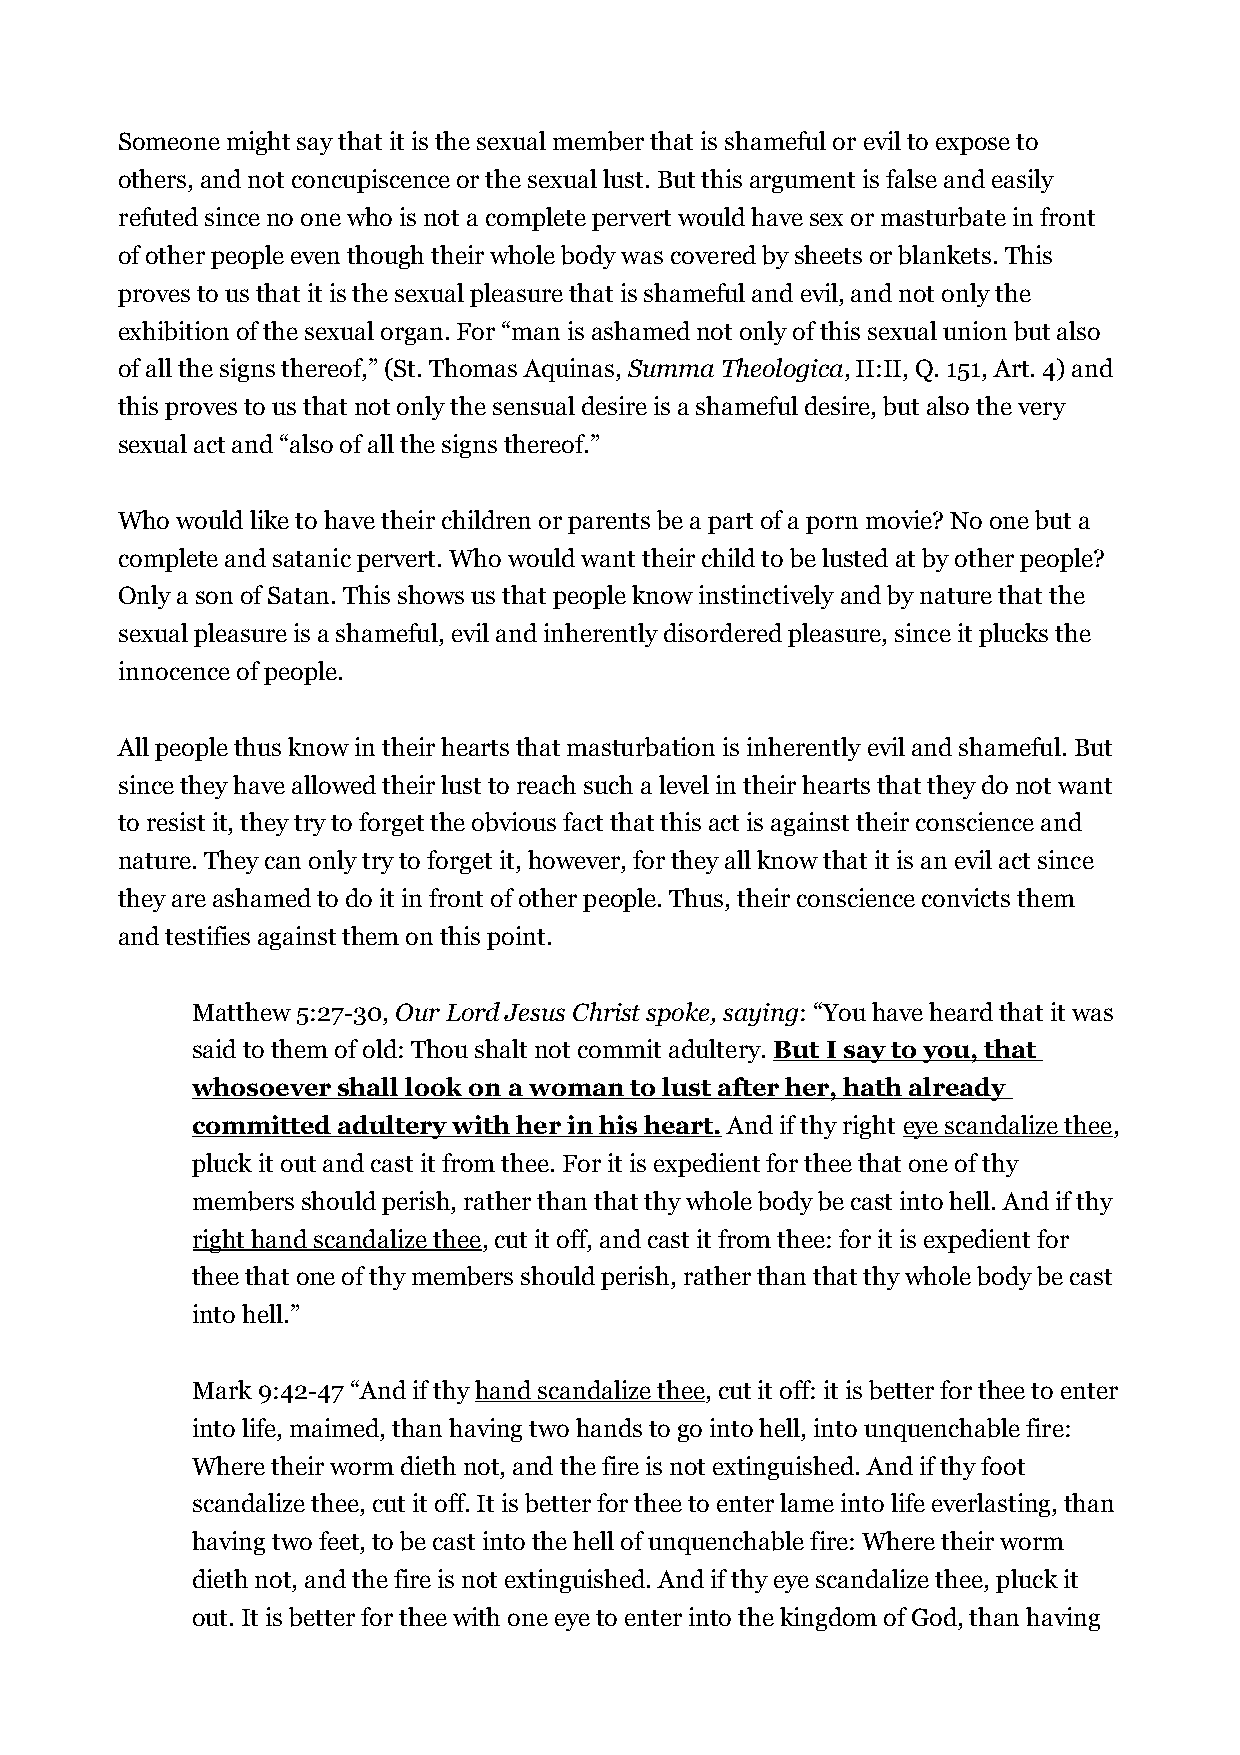
Someone might say that it is the sexual member that is shameful or evil to expose to
 others, and not concupiscence or the sexual lust. But this argument is false and easily
 refuted since no one who is not a complete pervert would have sex or masturbate in front
 of other people even though their whole body was covered by sheets or blankets. This
 proves to us that it is the sexual pleasure that is shameful and evil, and not only the
 exhibition of the sexual organ. For “man is ashamed not only of this sexual union but also
 of all the signs thereof,” (St. Thomas Aquinas, Summa Theologica, II:II, Q. 151, Art. 4) and
 this proves to us that not only the sensual desire is a shameful desire, but also the very
 sexual act and “also of all the signs thereof.”
 Who would like to have their children or parents be a part of a porn movie? No one but a
 complete and satanic pervert. Who would want their child to be lusted at by other people?
 Only a son of Satan. This shows us that people know instinctively and by nature that the
 sexual pleasure is a shameful, evil and inherently disordered pleasure, since it plucks the
 innocence of people.
 All people thus know in their hearts that masturbation is inherently evil and shameful. But
 since they have allowed their lust to reach such a level in their hearts that they do not want
 to resist it, they try to forget the obvious fact that this act is against their conscience and
 nature. They can only try to forget it, however, for they all know that it is an evil act since
 they are ashamed to do it in front of other people. Thus, their conscience convicts them
 and testifies against them on this point.
 Matthew 5:27-30, Our Lord Jesus Christ spoke, saying: “You have heard that it was
 said to them of old: Thou shalt not commit adultery. But I say to you, that
 whosoever shall look on a woman to lust after her, hath already
 committed adultery with her in his heart. And if thy right eye scandalize thee,
 pluck it out and cast it from thee. For it is expedient for thee that one of thy
 members should perish, rather than that thy whole body be cast into hell. And if thy
 right hand scandalize thee, cut it off, and cast it from thee: for it is expedient for
 thee that one of thy members should perish, rather than that thy whole body be cast
 into hell.”
 Mark 9:42-47 “And if thy hand scandalize thee, cut it off: it is better for thee to enter
 into life, maimed, than having two hands to go into hell, into unquenchable fire:
 Where their worm dieth not, and the fire is not extinguished. And if thy foot
 scandalize thee, cut it off. It is better for thee to enter lame into life everlasting, than
 having two feet, to be cast into the hell of unquenchable fire: Where their worm
 dieth not, and the fire is not extinguished. And if thy eye scandalize thee, pluck it
 out. It is better for thee with one eye to enter into the kingdom of God, than having